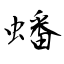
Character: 蟠